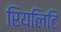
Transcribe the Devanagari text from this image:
रियलिटि